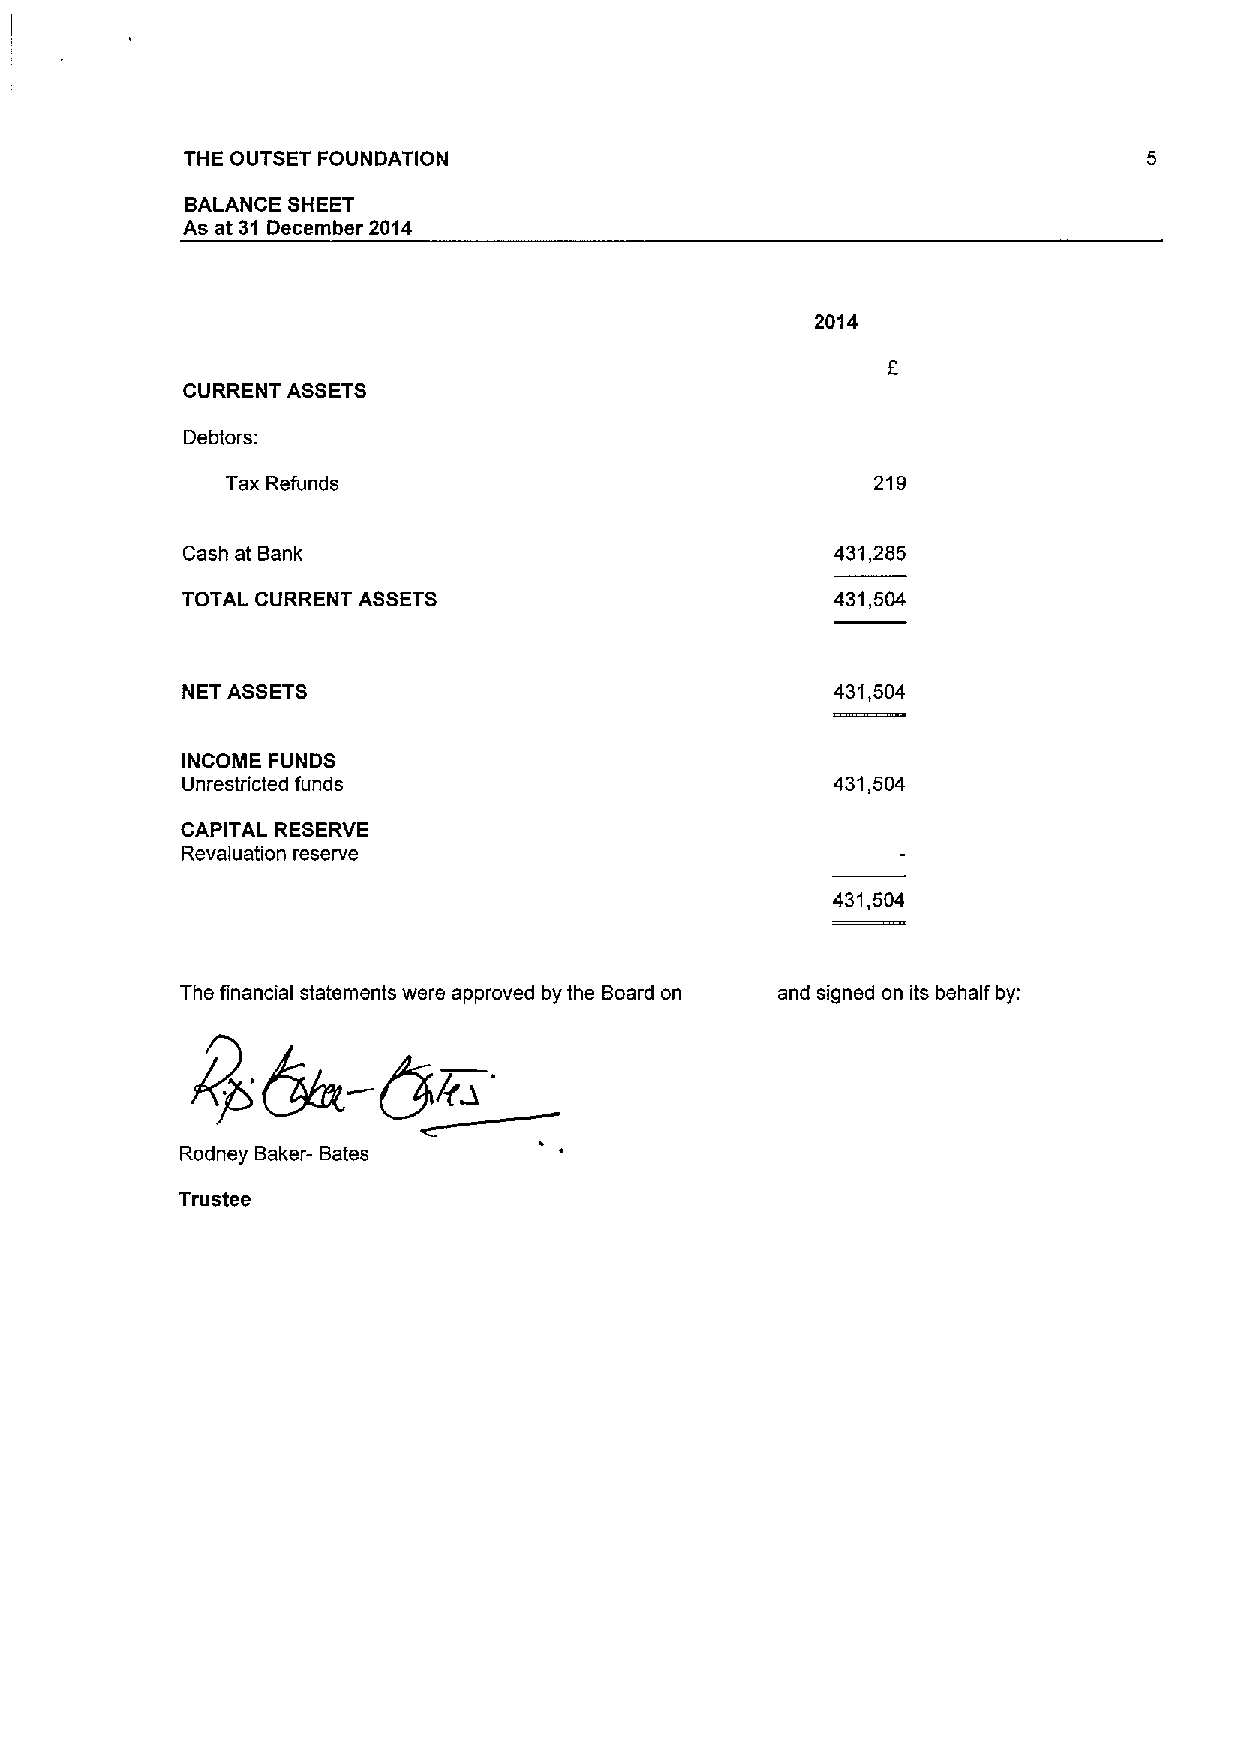
THE OUTSET FOUNDATION
 BALANCE SHEET
 As at 31 December 2014
 2014
 CURRENT ASSETS
 Debtors:
 Tax Refunds                                219
 Cash at Bank                               431,285
 TOTAL CURRENT ASSETS                       431,504
 NET ASSETS                                 431,504
 INCOME FUNDS
 Unrestricted funds                         431,504
 CAPITAL RESERVE
 Revaluation reserve
 431,504
 The financial statements were approved by the Board on and signed on its behalf by:
 Rodney Baker- Bates
 Trustee